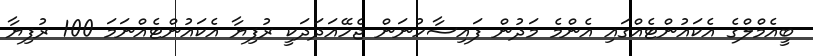
ބީއެމްލްގެ އެކައުންޓެއްގައި އެންމެ މަދުން ފައިސާހުނަން ޖެހޭއަދަދަކީ ރުފިޔާ އެކައުންޓެއްނަމަ 100 ރުފިޔާ